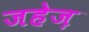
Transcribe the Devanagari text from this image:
जहेज़